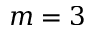
m = 3